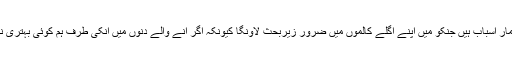
قارئین یہ تمام باتیں کرنے کی مجھے کیوں ضرورت پیش آ رہی ہے اسکے بیشمار اسباب ہیں جنکو میں اپنے اگلے کالموں میں ضرور زیربحث لاؤنگا کیونکہ اگر انے والے دنوں میں انکی طرف ہم کوئی بہتری نہ لا سکے تو پھر مستقبلِ قریب میں کسی بھی قسم کی خیر کی توقع عبث ہو گی۔